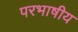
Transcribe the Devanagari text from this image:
परभाषीय